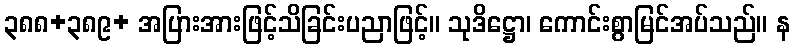
၃၈၈+၃၈၉+ အပြားအားဖြင့်သိခြင်းပညာဖြင့်။ သုဒိဋ္ဌော၊ ကောင်းစွာမြင်အပ်သည်။ န